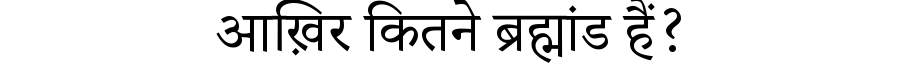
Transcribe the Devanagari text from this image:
आख़िर कितने ब्रह्मांड हैं?